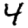
Digit: 4